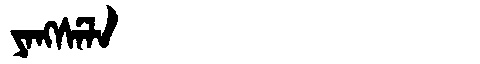
Manchu: ᠶᠠᠩᠰᡝᠯᠠ
Romanization: YANGSELA